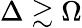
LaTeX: \Delta\gtrsim\Omega